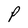
Character: P